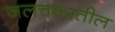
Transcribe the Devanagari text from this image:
जलचक्रातील